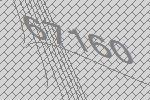
67160